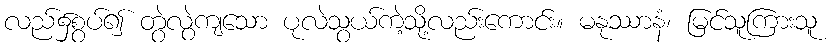
လည်၌စွပ်၍ တွဲလွဲကျသော ပုလဲသွယ်ကဲ့သို့လည်းကောင်း။ မနုဿာနံ၊ မြင်သူကြားသူ